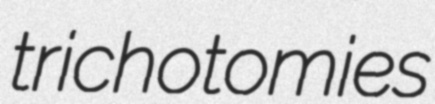
trichotomies